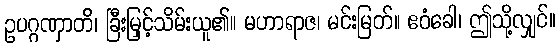
ဥပဂ္ဂဏှာတိ၊ ခြီးမြှင့်သိမ်းယူ၏။ မဟာရာဇ၊ မင်းမြတ်။ ဧဝံခေါ၊ ဤသို့လျှင်။